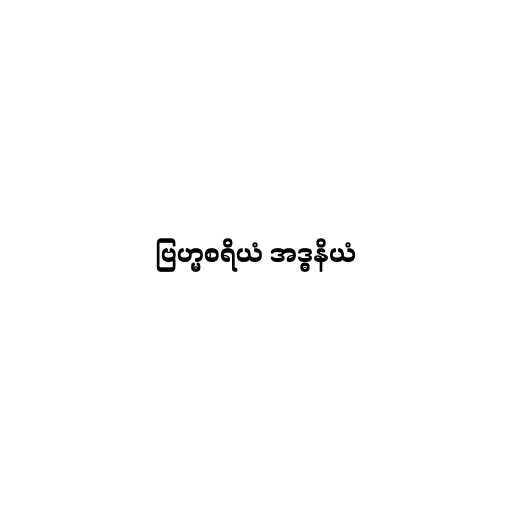
ဗြဟ္မစရိယံ အဒ္ဓနိယံ